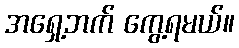
အရှေ့ဘက် ကွေ့ရမယ်။